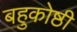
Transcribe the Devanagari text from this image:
बहुकोष्ठी